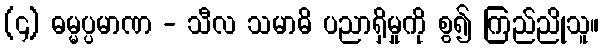
(၄) ဓမ္မပ္ပမာဏ - သီလ သမာဓိ ပညာရှိမှုကို စွ၍ ကြည်ညိုသူ။